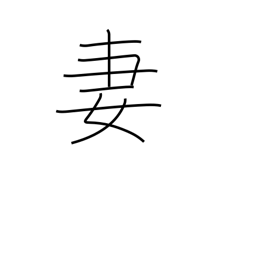
Meaning: wife